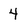
Character: 4